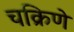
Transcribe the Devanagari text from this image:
चक्रिणे